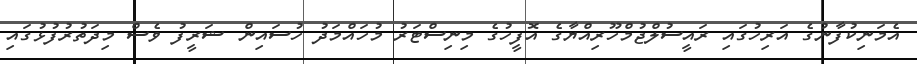
އެމަނިކުފާނުގެ އަރިހުގައި ރައީސުލްޖުމްހޫރިއްޔާގެ އޮފީހުގެ މިނިސްޓަރު މުހައްމަދު ހުސައިން ޝަރީފު ވެސް މިދަތުރުފުޅުގައި